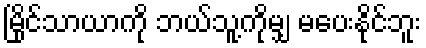
မြိုင်သာယာကို ဘယ်သူ့ကိုမျှ မပေးနိုင်ဘူး